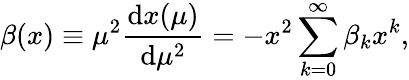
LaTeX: \beta(x)\equiv\mu^{2}\frac{\mathrm{d}x(\mu)}{\mathrm{d}\mu^{2}}=-x^{2}\sum_{k=0}^{\infty}\beta_{k}x^{k},